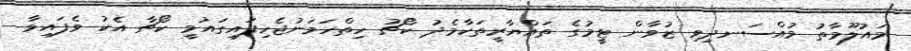
މައުލޫމާތު މުއްސަނދިވި ޒުވާން ޓީމުގެ ތައްޔާރީތަކާމެދު ކޯޗު ހިތްހަމަނުޖެހިފައިގައުމީ ކޯޗާ އެކު ވެފައިވާ